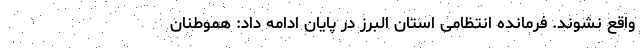
واقع نشوند. فرمانده انتظامی استان البرز در پایان ادامه داد: هموطنان